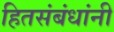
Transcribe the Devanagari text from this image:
हितसंबंधांनी